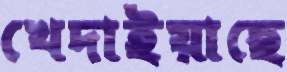
খেদাইয়াছে